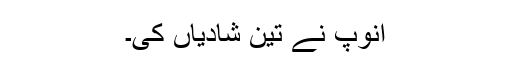
انوپ نے تین شادیاں کی۔